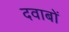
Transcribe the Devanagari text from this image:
दवाबों